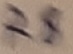
Text: R8